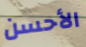
الأحسن